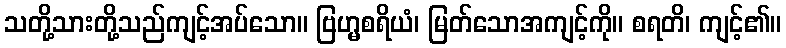
သတို့သားတို့သည်ကျင့်အပ်သော။ ဗြဟ္မစရိယံ၊ မြတ်သောအကျင့်ကို။ စရတိ၊ ကျင့်၏။